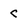
Character: c